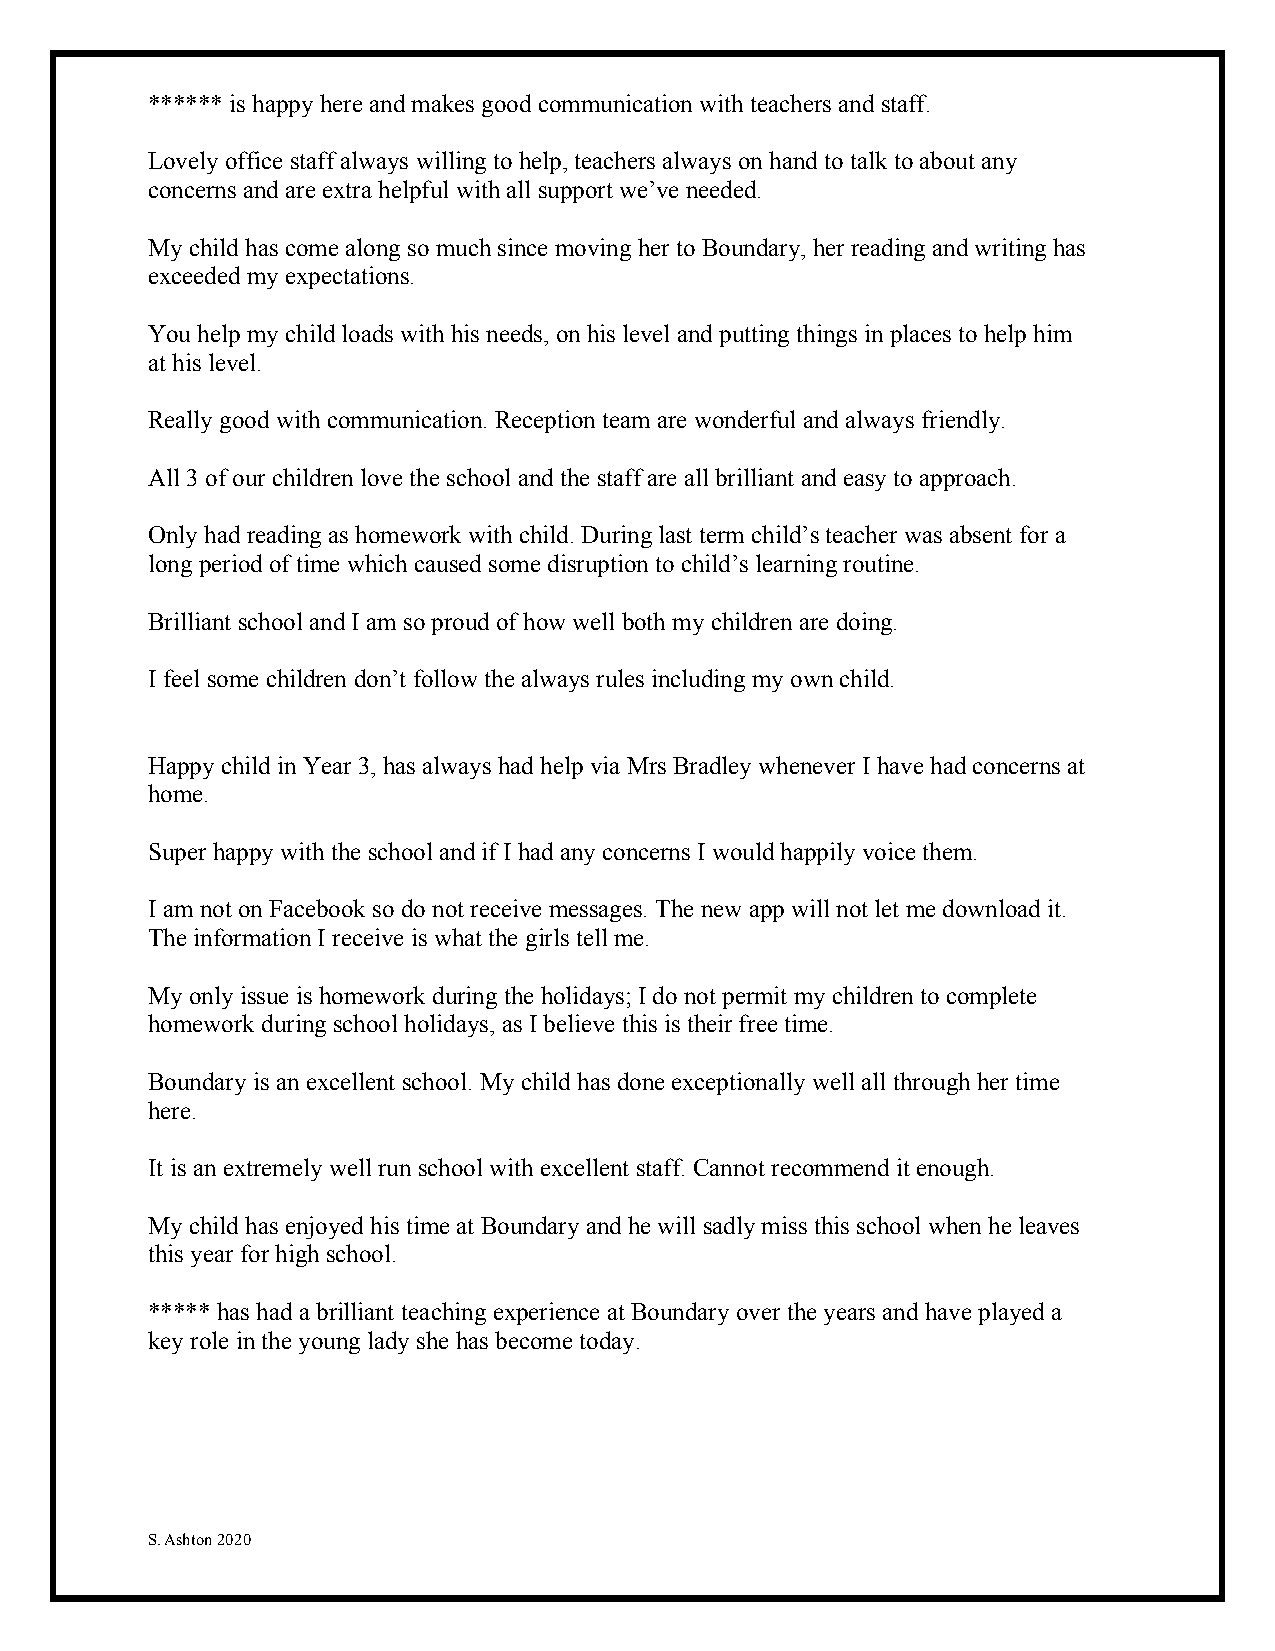
****** is happy here and makes good communication with teachers and staff.
 Lovely office staff always willing to help, teachers always on hand to talk to about any
 concerns and are extra helpful with all support we’ve needed.
 My child has come along so much since moving her to Boundary, her reading and writing has
 exceeded my expectations.
 You help my child loads with his needs, on his level and putting things in places to help him
 at his level.
 Really good with communication. Reception team are wonderful and always friendly.
 All 3 of our children love the school and the staff are all brilliant and easy to approach.
 Only had reading as homework with child. During last term child’s teacher was absent for a
 long period of time which caused some disruption to child’s learning routine.
 Brilliant school and I am so proud of how well both my children are doing.
 I feel some children don’t follow the always rules including my own child.
 Happy child in Year 3, has always had help via Mrs Bradley whenever I have had concerns at
 home.
 Super happy with the school and if I had any concerns I would happily voice them.
 I am not on Facebook so do not receive messages. The new app will not let me download it.
 The information I receive is what the girls tell me.
 My only issue is homework during the holidays; I do not permit my children to complete
 homework during school holidays, as I believe this is their free time.
 Boundary is an excellent school. My child has done exceptionally well all through her time
 here.
 It is an extremely well run school with excellent staff. Cannot recommend it enough.
 My child has enjoyed his time at Boundary and he will sadly miss this school when he leaves
 this year for high school.
 ***** has had a brilliant teaching experience at Boundary over the years and have played a
 key role in the young lady she has become today.
 S. Ashton 2020